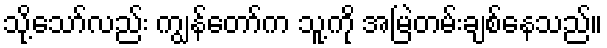
သို့သော်လည်း ကျွန်တော်က သူ့ကို အမြဲတမ်းချစ်နေသည်။